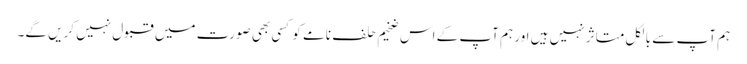
ہم آپ سے بالکل متاثر نہیں ہیں اور ہم آپ کے اس ضخیم حلف نامے کو کسی بھی صورت میں قبول نہیں کریں گے۔